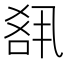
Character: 𪡘